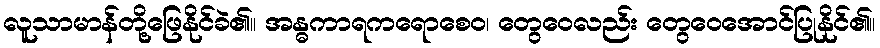
လူသာမာန်တို့ဖြေနိုင်ခဲ၏။ အန္ဓကာရကရောစေဝ၊ တွေဝေလည်း တွေဝေအောင်ပြုနိုင်၏။